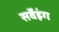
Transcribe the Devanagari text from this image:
सर्वेइंग